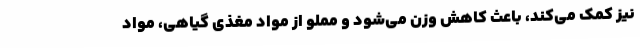
نیز کمک می‌کند، باعث کاهش وزن می‌شود و مملو از مواد مغذی گیاهی، مواد